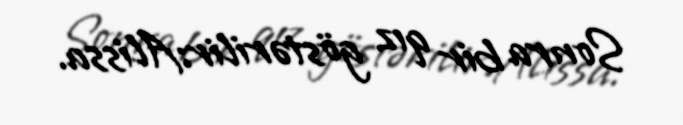
Sonra bir qız göstərilir:Alissa.